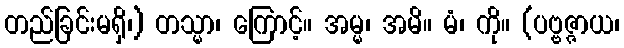
တည်ခြင်းမရှိ၊) တသ္မာ၊ ကြောင့်။ အမ္မ၊ အမိ။ မံ၊ ကို။ (ပဗ္ဗဇ္ဇာယ၊